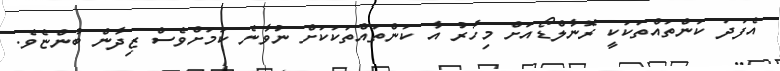
އެފަދަ ކަންތައްތަކަކީ ރޮނާލްޑޯއަށް މިހާރު އާ ކަންތައްތަކަކަށް ނުވާނެ ކަމަށްވެސް ޒިދާން ބުންޏެވެ.